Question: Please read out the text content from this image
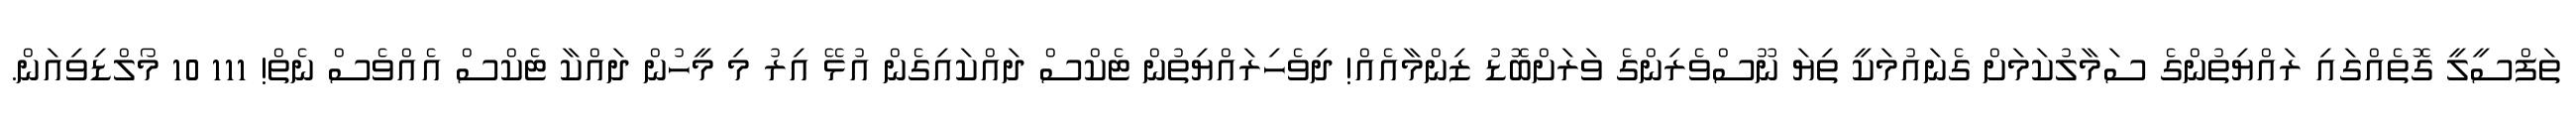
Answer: ތަފްސީލީ ގޮތެއްގައި ރައްޔިތުންގެ ސަމާލުކަމަށް ގެނައުމަކީ ތިޔަ ނޫސްވެރިންގެ ވަރަށްބޮޑު ޒިންމާއެއް! ދިވެހިރައްޔިތުން ޓެކްސް ދައްކައިގެން އުޅޭ އިރު މި މީހުން ދައްކާ ޓެކްސް އެއްވެސް ނެތް! 111 10 މޯލްޑިވިއަން.